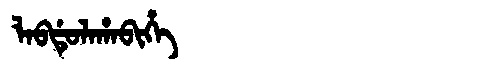
Manchu: ᠯᠠᠪᡩᡠᠯᠠᡥᠠᠪᡳᡥᡝ
Romanization: LABDULAHABIHE